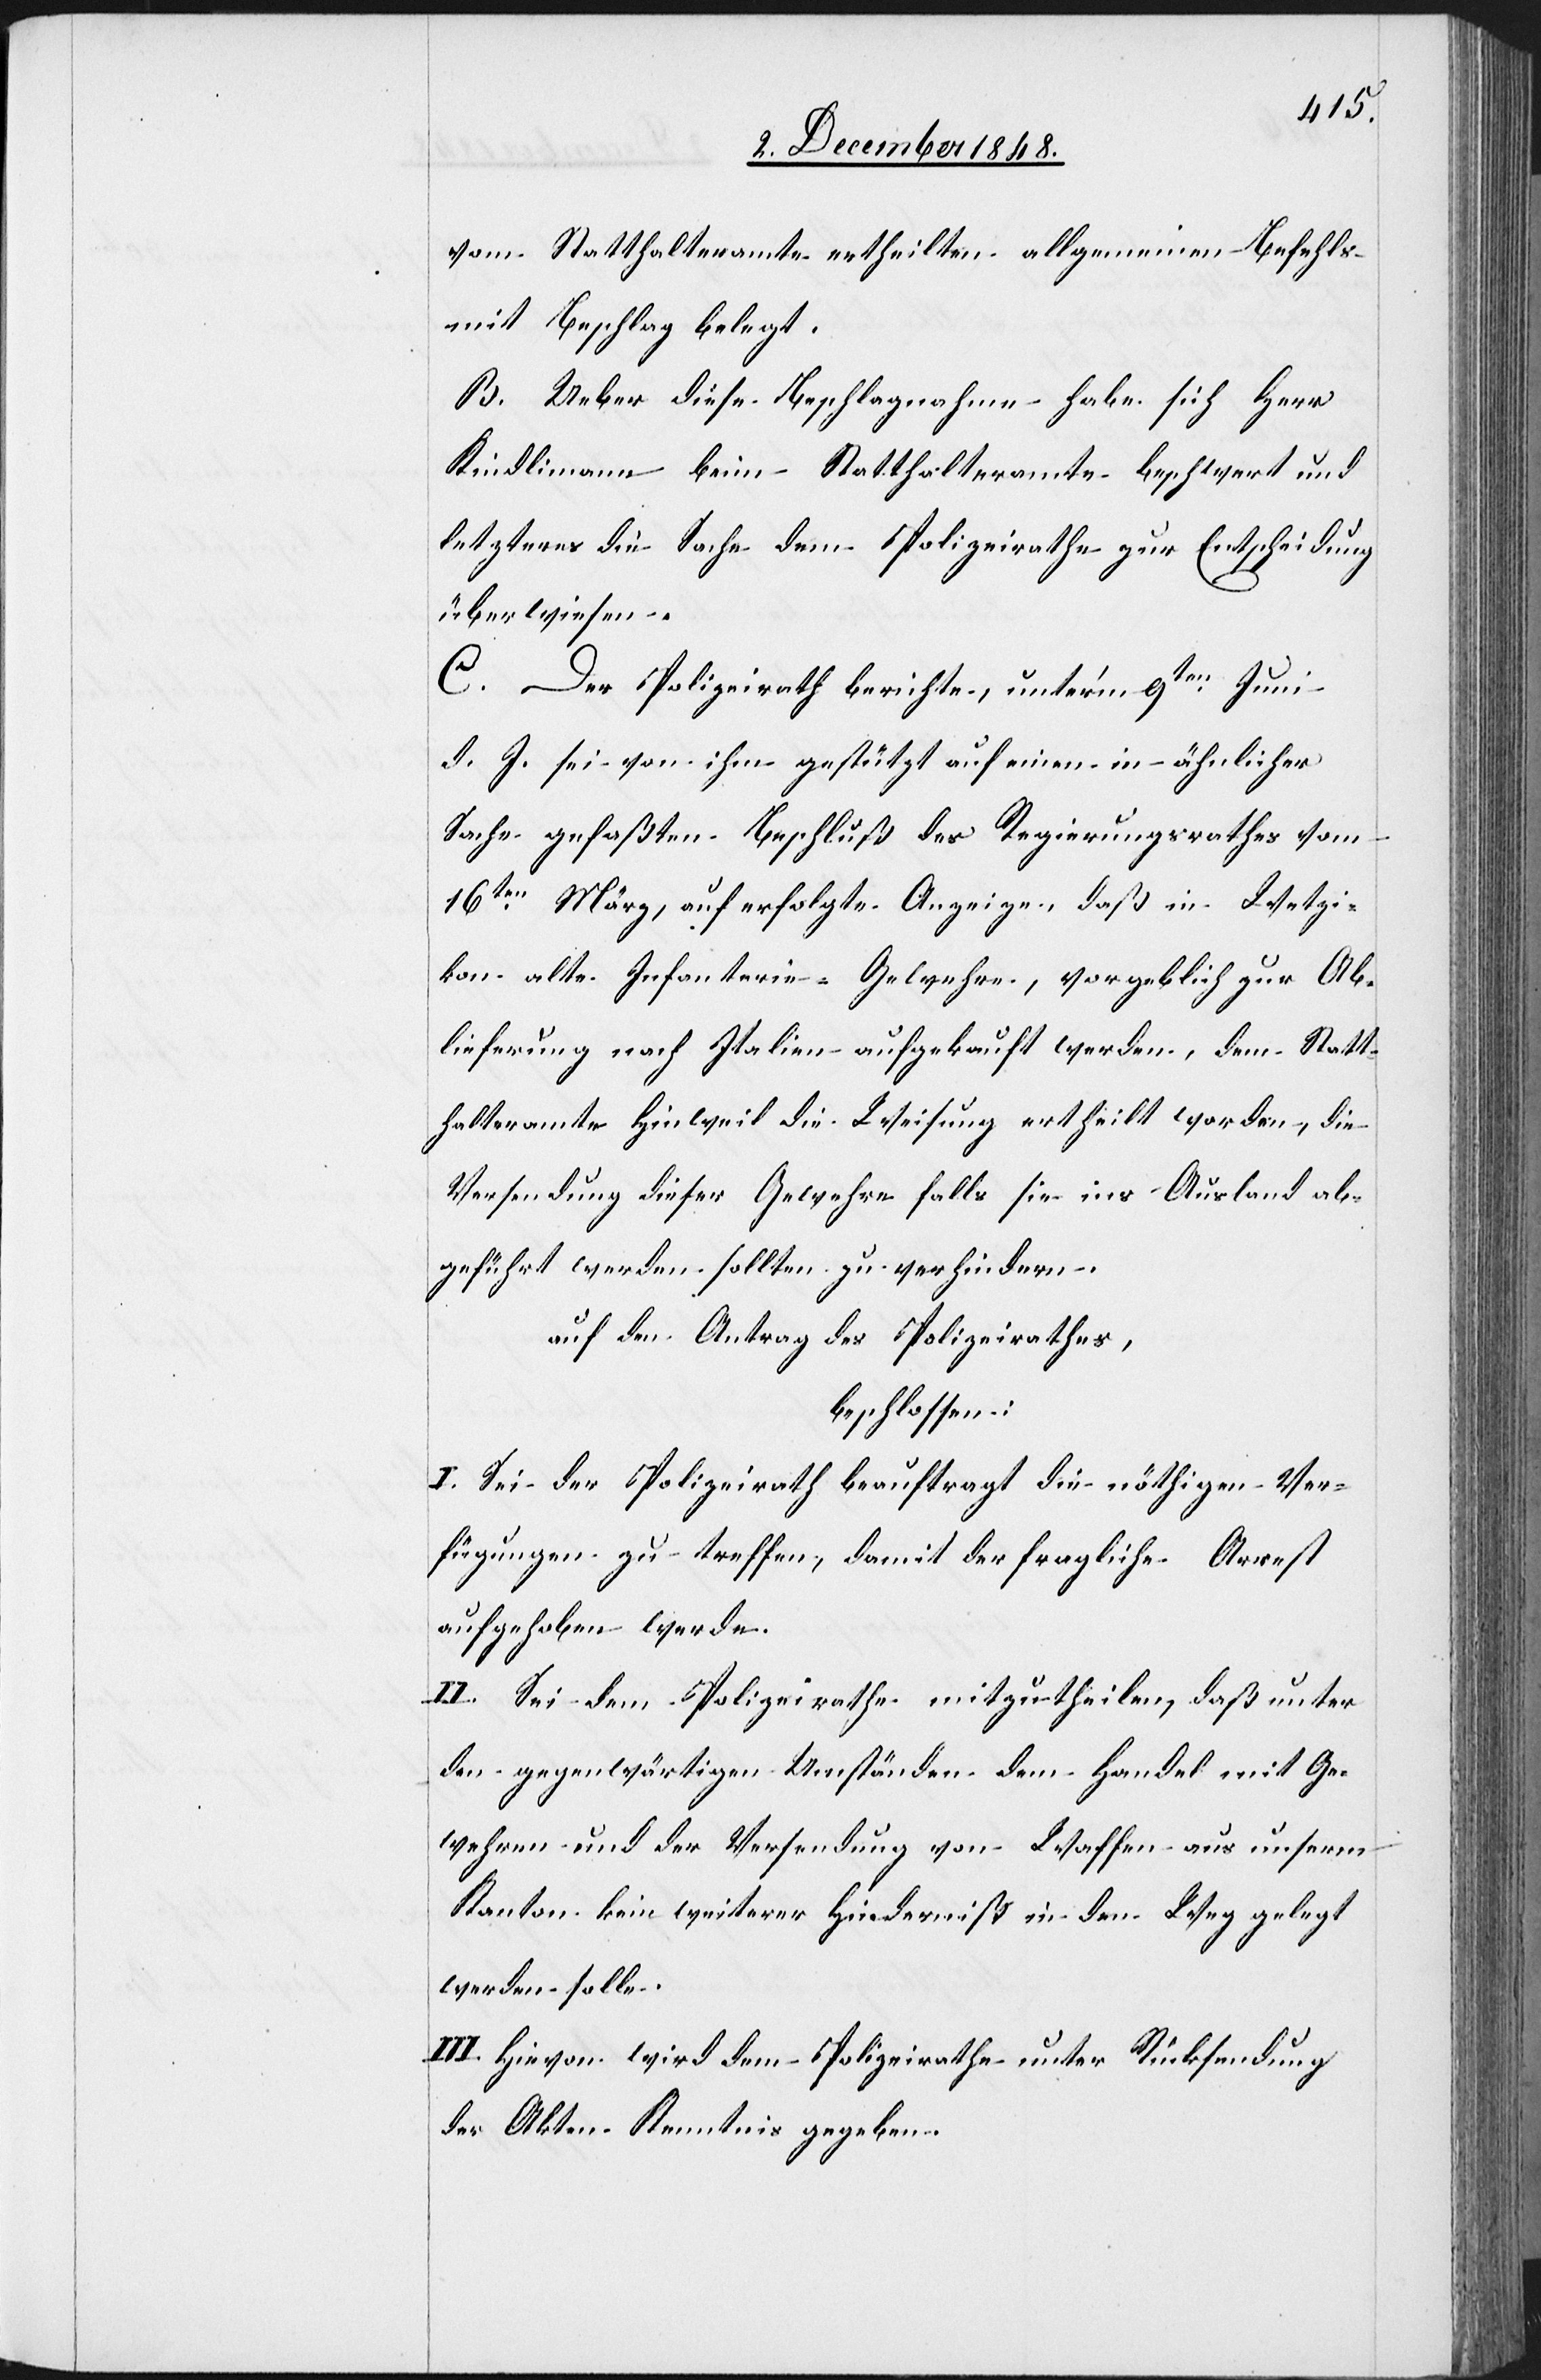
vom Statthalteramte ertheilten allgemeinen Befehls
mit Beschlag belegt.
B. Ueber diese Beschlagnahme habe sich Herr
Kindlimann beim Statthalteramte beschwert und
letzteres die Sache dem Polizeirathe zur Entscheidung
überwiesen.
C. Der Polizeirath berichte, unter’m 9ten Juni
d. J. sei von ihm gestützt auf einen in ähnlicher
Sache gefaßten Beschluß des Regierungsrathes vom
16ten März, auf erfolgte Anzeige, daß in Wetzi¬
kon alte Infanterie-Gewehre, vorgeblich zur Ab¬
lieferung nach Italien aufgekauft werden, dem Statt¬
halteramte Hinweil die Weisung ertheilt worden, die
Versendung dieser Gewehre falls sie ins Ausland ab¬
geführt werden sollten zu verhindern.
auf den Antrag des Polizeirathes,
beschlossen:
I. Sei der Polizeirath beauftragt die nöthigen Ver¬
fügungen zu treffen, damit der fragliche Arrest
aufgehoben werde.
II. Sei dem Polizeirathe mitzutheilen, daß unter
den gegenwärtigen Umständen dem Handel mit Ge¬
wehren und der Versendung von Waffen aus unserm
Kanton kein weiterer Hinderniß in den Weg gelegt
werden solle.
III. Hievon wird dem Polizeirathe unter Rücksendung
der Akten Kenntniß gegeben.